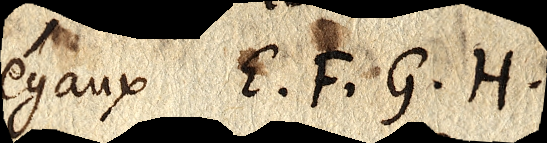
égaux E. F. G. H.